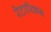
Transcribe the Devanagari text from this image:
रेटारिक्स